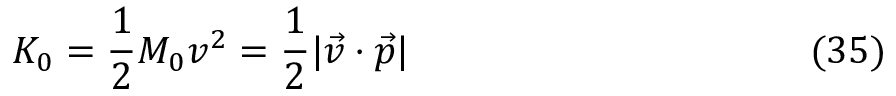
K _ { 0 } = { \frac { 1 } { 2 } } M _ { 0 } v ^ { 2 } = { \frac { 1 } { 2 } } | \vec { v } \cdot \vec { p } | \eqno ( 3 5 )